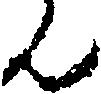
ん